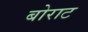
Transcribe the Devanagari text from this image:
बोराट